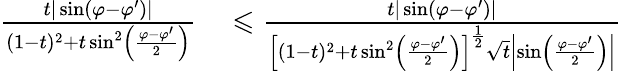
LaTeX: \begin{array}{rl}{\frac{t|\sin(\varphi-\varphi^{\prime})|}{(1-t)^{2}+t\sin^{2}\left(\frac{\varphi-\varphi^{\prime}}{2}\right)}}&{{}\leqslant\frac{t|\sin(\varphi-\varphi^{\prime})|}{\Big[(1-t)^{2}+t\sin^{2}\left(\frac{\varphi-\varphi^{\prime}}{2}\right)\Big]^{\frac{1}{2}}\sqrt{t}\left|\sin\left(\frac{\varphi-\varphi^{\prime}}{2}\right)\right|}}\end{array}